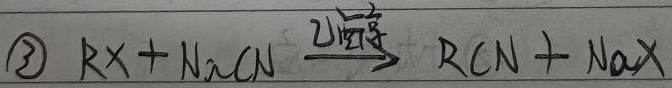
\(\textcircled{3}\) \(RX + NaCN\xrightarrow{\text{乙醇水溶液}}RCN + NaX\)